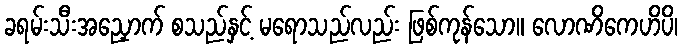
ခရမ်းသီးအညှောက် စသည်နှင့် မရောသည်လည်း ဖြစ်ကုန်သော။ လောဏိကေဟိပိ၊